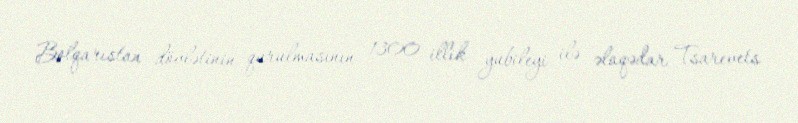
Bolqarıstan dövlətinin qurulmasının 1300 illik yubileyi ilə əlaqədar Tsarevets